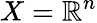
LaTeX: X=\mathbb{R}^{n}